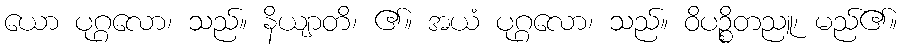
ယော ပုဂ္ဂလော၊ သည်။ နိယျာတိ၊ ၏။ အယံ ပုဂ္ဂလော၊ သည်။ ဝိပဉ္စိတညူ၊ မည်၏။